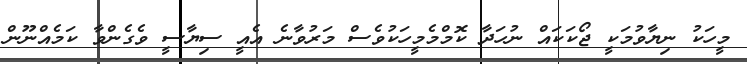
މީހަކު ނިޔާވުމަކީ ޖޯކަކައް ނުހަދާ ކޮމްމެމީހަކުވެސް މަރުވާނެ އެއީ ސިޔާސީ ވެގެންވާ ކަމެއްނޫން